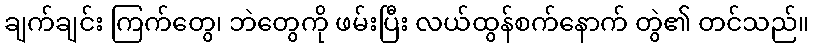
ချက်ချင်း ကြက်တွေ၊ ဘဲတွေကို ဖမ်းပြီး လယ်ထွန်စက်နောက် တွဲ၏ တင်သည်။